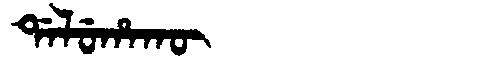
Manchu: ᡩᠠᠯᡠᡥᠠᡴᡡ
Romanization: DALUHAKŪ